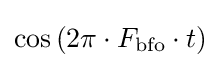
\cos \left(2\pi \cdot F_{\text{bfo}}\cdot t\right)